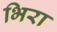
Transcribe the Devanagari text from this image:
भिरा